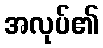
အလုပ်၏